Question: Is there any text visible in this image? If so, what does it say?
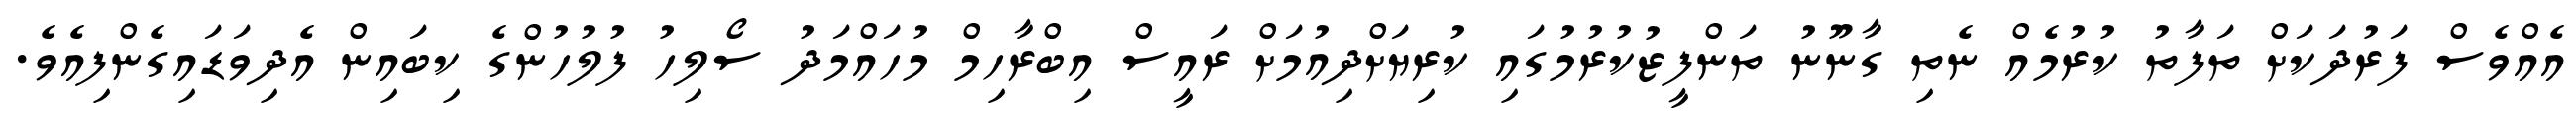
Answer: އެއްވެސް ފަރުދަކަށް ތަފާތު ކުރުމެއް ނެތި ގާނޫނު ތަންފީޒުކުރުމުގައި ކުރިޔަށްދިއުމަށް ރައީސް އިބްރާހިމް މުހައްމަދު ސޯލިހު ފުލުހުންގެ ކިބައިން އެދިވަޑައިގެންފިއެވެ.